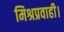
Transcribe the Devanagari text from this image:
मिश्रप्रवाही।